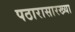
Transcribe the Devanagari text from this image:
पठारासारख्या